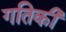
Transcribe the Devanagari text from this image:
गतिकी